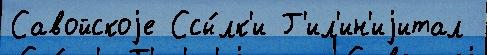
Савойскоjе Ссы́лк'и Г'ил'ин'иjитал